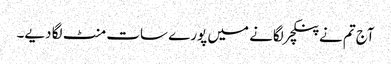
آج تم نے پنکچر لگانے میں پورے سات منٹ لگا دیے۔